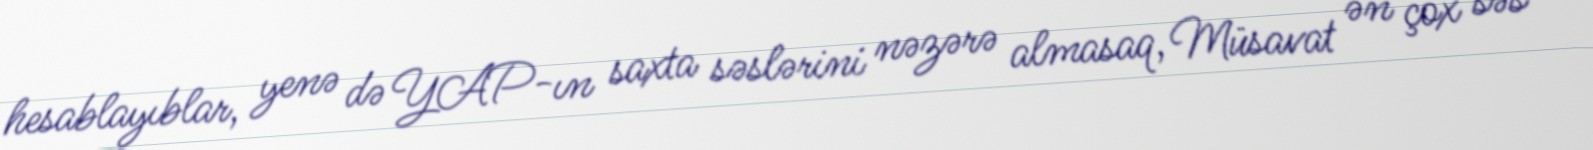
hesablayıblar, yenə də YAP-ın saxta səslərini nəzərə almasaq, Müsavat ən çox səs